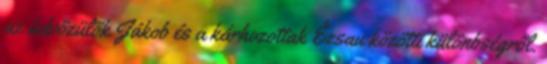
az üdvözülők Jákob és a kárhozottak Ézsau közötti különbségről.